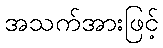
အသက်အားဖြင့်